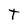
Character: T